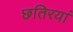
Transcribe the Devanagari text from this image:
छतिरयां